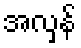
အလှန်